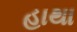
હાથા